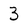
Character: 3